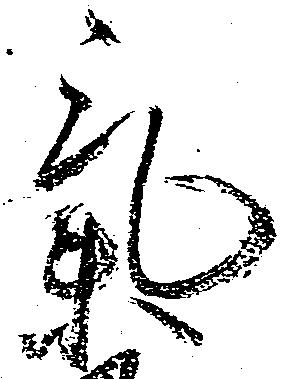
気